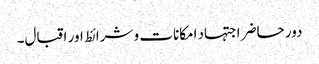
دور حاضر اجتہاد امکانات و شرائط اور اقبال۔